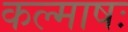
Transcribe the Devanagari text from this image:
कल्माषः